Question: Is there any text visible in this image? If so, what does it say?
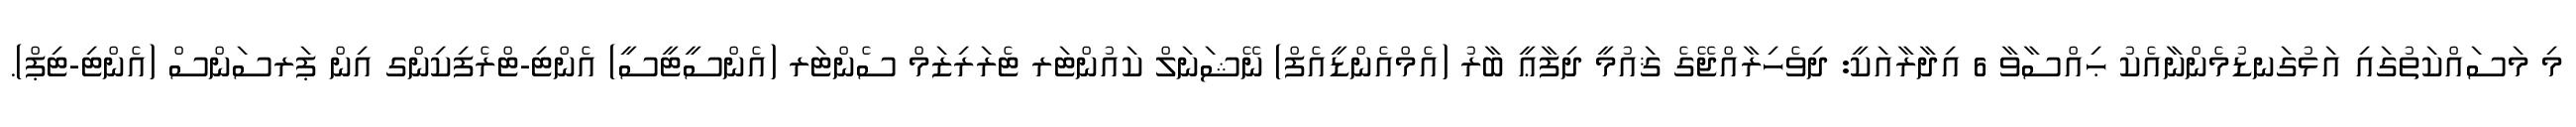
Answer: މި މަސައްކަތުގައި އަޅުގަނޑުމެންނާއެކު ޙިއްސާވާ 6 އިދާރާއަކީ: ދިވެހިރާއްޖޭގެ ޤައުމީ ދިފާޢީ ބާރު (އެމްއެންޑީއެފް) ނޭޝަނަލް ކައުންޓަރ ޓެރަރިޒަމް ސެންޓަރ (އެންސީޓީސީ) އެންޓި-ޓްރެފިކިންގ އިން ޕަރސަންސް (އެންޓި-ޓިޕް).